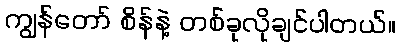
ကျွန်တော် စိန်နဲ့ တစ်ခုလိုချင်ပါတယ်။